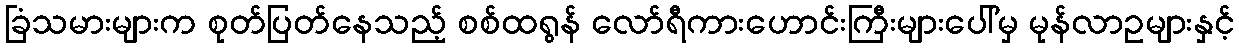
ခြံသမားများက စုတ်ပြတ်နေသည့် စစ်ထရွန် လော်ရီကားဟောင်းကြီးများပေါ်မှ မုန်လာဥများနှင့်